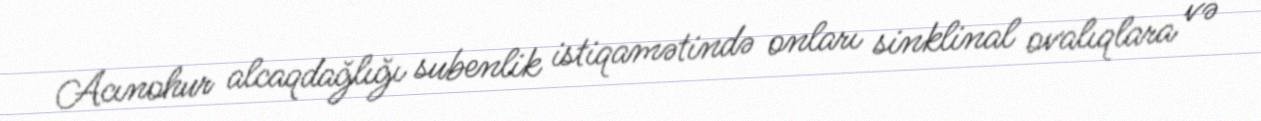
Acınohur alcaqdağlığı subenlik istiqamətində onları sinklinal ovalıqlara və